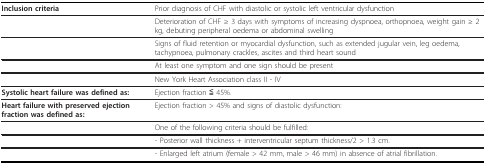
<table><thead><tr><td><b>Inclusion criteria</b></td><td><b>Prior diagnosis of CHF with diastolic or systolic left ventricular dysfunction</b></td></tr></thead><tbody><tr><td></td><td>Deterioration of CHF ≥ 3 days with symptoms of increasing dyspnoea, orthopnoea, weight gain ≥ 2 kg, debuting peripheral oedema or abdominal swelling</td></tr><tr><td></td><td>Signs of fluid retention or myocardial dysfunction, such as extended jugular vein, leg oedema, tachypnoea, pulmonary crackles, ascites and third heart sound</td></tr><tr><td></td><td>At least one symptom and one sign should be present</td></tr><tr><td></td><td>New York Heart Association class II - IV</td></tr><tr><td><b>Systolic heart failure was defined as:</b></td><td>Ejection fraction ≦ 45%.</td></tr><tr><td><b>Heart failure with preserved ejection fraction was defined as:</b></td><td>Ejection fraction &gt; 45% and signs of diastolic dysfunction:</td></tr><tr><td></td><td>One of the following criteria should be fulfilled:</td></tr><tr><td></td><td>- Posterior wall thickness + interventricular septum thickness/2 &gt; 1.3 cm.</td></tr><tr><td></td><td>- Enlarged left atrium (female &gt; 42 mm, male &gt; 46 mm) in absence of atrial fibrillation.</td></tr></tbody></table>